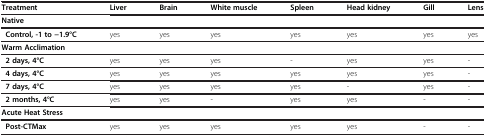
| Treatment | Liver | Brain | White muscle | Spleen | Head kidney | Gill | Lens |
 | --- | --- | --- | --- | --- | --- | --- | --- |
 | Native | <COLSPAN=7>  |
 | Control, -1 to −1.9°C | yes | yes | yes | yes | yes | yes | yes |
 | Warm Acclimation | <COLSPAN=7>  |
 | 2 days, 4°C | yes | yes | yes | - | yes | yes | - |
 | 4 days, 4°C | yes | yes | yes | yes | yes | yes | - |
 | 7 days, 4°C | yes | yes | yes | yes | - | yes | - |
 | 2 months, 4°C | yes | yes | - | yes | yes | - | - |
 | Acute Heat Stress | <COLSPAN=7>  |
 | Post-CTMax | yes | yes | yes | yes | yes | - | - |